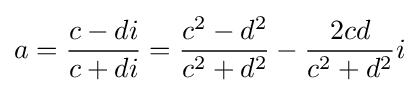
a={\frac {c-di}{c+di}}={\frac {c^{2}-d^{2}}{c^{2}+d^{2}}}-{\frac {2cd}{c^{2}+d^{2}}}i